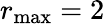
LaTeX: r_{\operatorname*{max}}=2